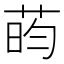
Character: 𫈔